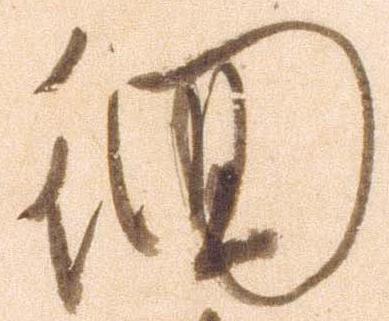
徊